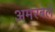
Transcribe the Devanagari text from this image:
अमरबेलें